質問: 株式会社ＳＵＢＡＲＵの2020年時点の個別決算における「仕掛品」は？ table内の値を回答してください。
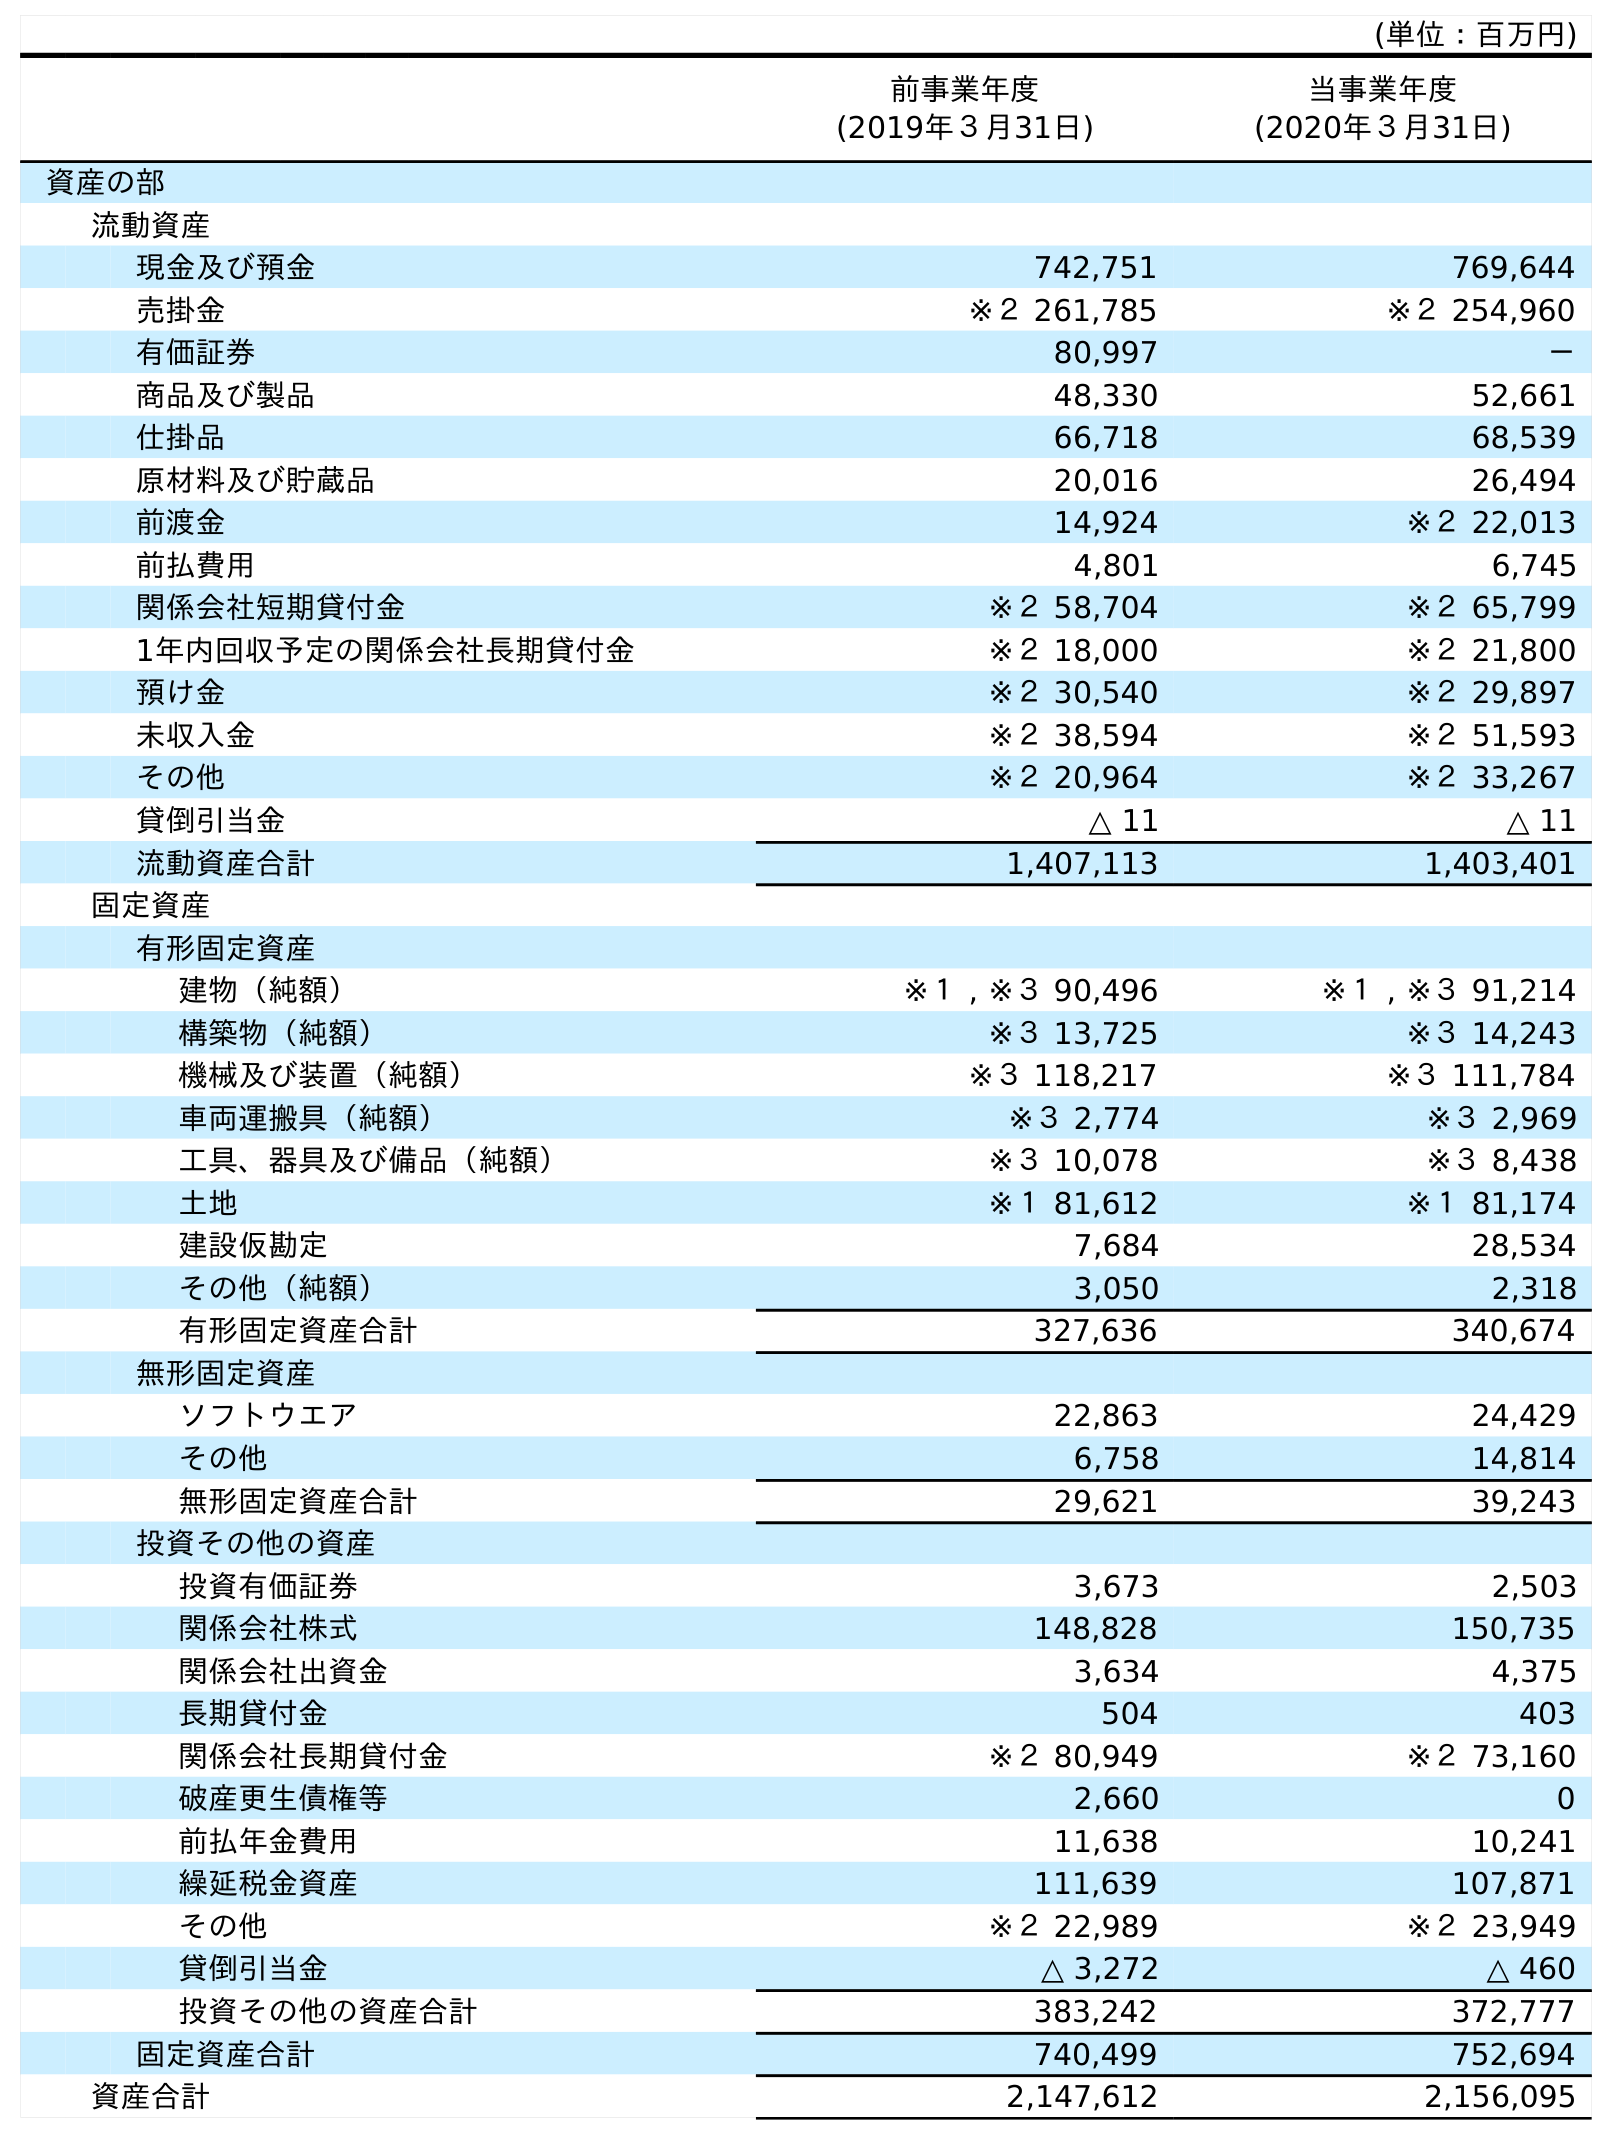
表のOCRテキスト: (単位：百万円) 前事業年度 (2019年３月31日) 当事業年度 (2020年３月31日) 資産の部 流動資産 現金及び預金 742,751 769,644 売掛金 ※２ 261,785 ※２ 254,960 有価証券 80,997 － 商品及び製品 48,330 52,661 仕掛品 66,718 68,539 原材料及び貯蔵品 20,016 26,494 前渡金 14,924 ※２ 22,013 前払費用 4,801 6,745 関係会社短期貸付金 ※２ 58,704 ※２ 65,799 1年内回収予定の関係会社長期貸付金 ※２ 18,000 ※２ 21,800 預け金 ※２ 30,540 ※２ 29,897 未収入金 ※２ 38,594 ※２ 51,593 その他 ※２ 20,964 ※２ 33,267 貸倒引当金 △ 11 △ 11 流動資産合計 1,407,113 1,403,401 固定資産 有形固定資産 建物（純額） ※１ , ※３ 90,496 ※１ , ※３ 91,214 構築物（純額） ※３ 13,725 ※３ 14,243 機械及び装置（純額） ※３ 118,217 ※３ 111,784 車両運搬具（純額） ※３ 2,774 ※３ 2,969 工具、器具及び備品（純額） ※３ 10,078 ※３ 8,438 土地 ※１ 81,612 ※１ 81,174 建設仮勘定 7,684 28,534 その他（純額） 3,050 2,318 有形固定資産合計 327,636 340,674 無形固定資産 ソフトウエア 22,863 24,429 その他 6,758 14,814 無形固定資産合計 29,621 39,243 投資その他の資産 投資有価証券 3,673 2,503 関係会社株式 148,828 150,735 関係会社出資金 3,634 4,375 長期貸付金 504 403 関係会社長期貸付金 ※２ 80,949 ※２ 73,160 破産更生債権等 2,660 0 前払年金費用 11,638 10,241 繰延税金資産 111,639 107,871 その他 ※２ 22,989 ※２ 23,949 貸倒引当金 △ 3,272 △ 460 投資その他の資産合計 383,242 372,777 固定資産合計 740,499 752,694 資産合計 2,147,612 2,156,095
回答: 68,539